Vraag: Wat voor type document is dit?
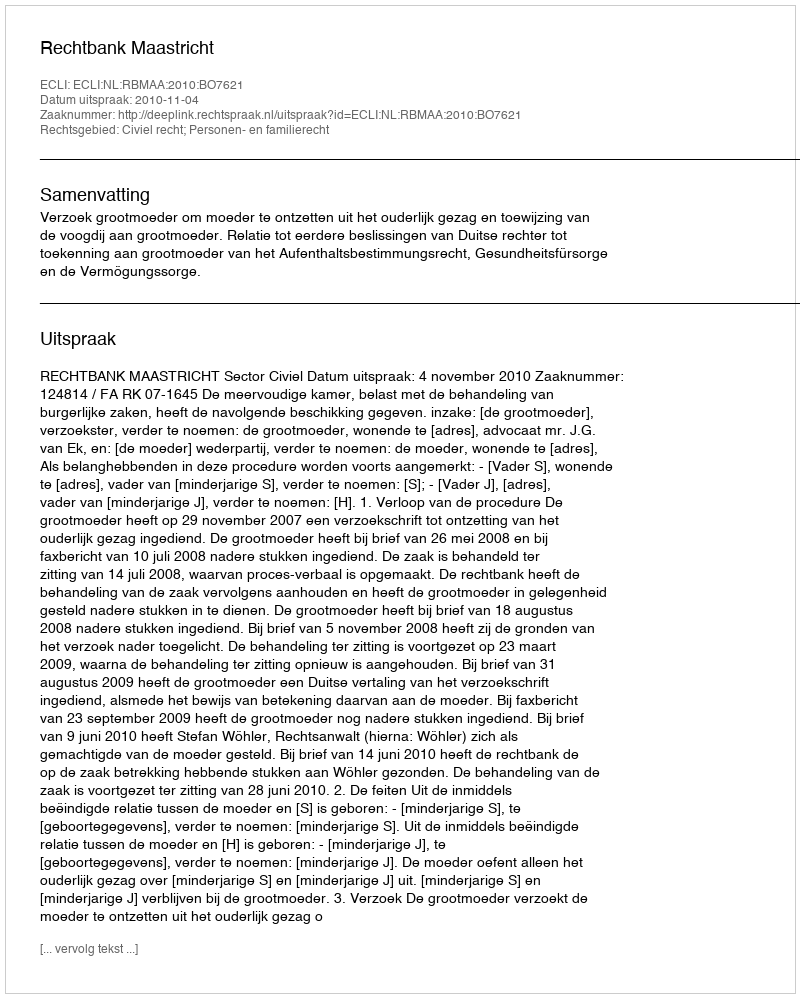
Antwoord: Uitspraak